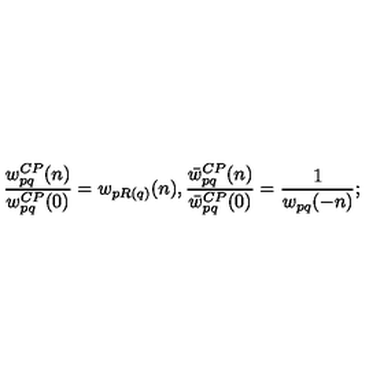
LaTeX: \frac { w _ { p q } ^ { C P } ( n ) } { w _ { p q } ^ { C P } ( 0 ) } = w _ { p R ( q ) } ( n ) , \frac { \bar { w } _ { p q } ^ { C P } ( n ) } { \bar { w } _ { p q } ^ { C P } ( 0 ) } = \frac { 1 } { w _ { p q } ( - n ) } ;